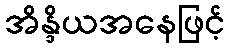
အိန္ဒိယအနေဖြင့်